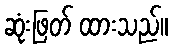
ဆုံးဖြတ် ထားသည်။